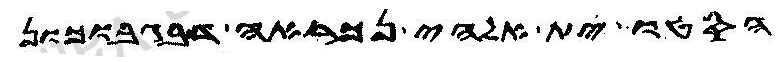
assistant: הסטו ית אלהי נכראה דבגבוכון